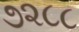
૭૨૮૮